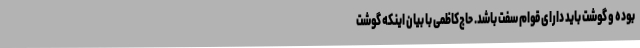
بوده و گوشت باید دارای قوام سفت باشد. حاج‌کاظمی با بیان اینکه گوشت